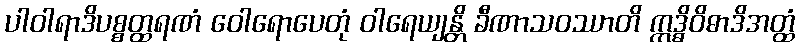
ပါဝါရာဒိပစ္စတ္ထရဏံ ဝေါရောပေတုံ ဝါရေယျန္တိ ခီဏာသဝဿာတိ ဣဒ္ဓိဝိဓာဒိအတ္ထံ